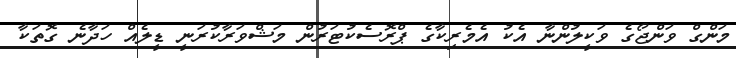
މަންގް ވަންޖޯގެ ވަކީލުންނާ އެކު އެމެރިކާގެ ޕްރޮސެކުޓަރުން މަޝްވަރާކުރަނީ ޑީލެއް ހަދާނެ ގޮތަކާ